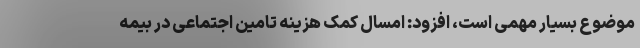
موضوع بسیار مهمی است، افزود: امسال کمک هزینه تامین اجتماعی در بیمه